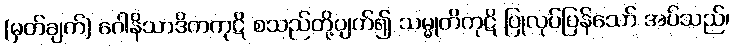
(မှတ်ချက်) ဂေါနိသာဒိကကုဋိ စသည်တို့ပျက်၍ သမ္မုတိကုဋိ ပြုလုပ်ပြန်သော် အပ်သည်၊